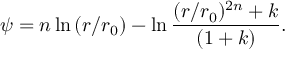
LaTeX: \psi = n \ln { ( r / r _ { 0 } ) } - \ln { \frac { ( r / r _ { 0 } ) ^ { 2 n } + k } { ( 1 + k ) } } .